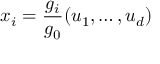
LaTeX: x _ { i } = { \frac { g _ { i } } { g _ { 0 } } } ( u _ { 1 } , \ldots , u _ { d } )